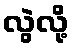
လွဲလို့